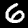
Digit: 6